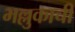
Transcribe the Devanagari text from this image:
भल्लुकाची